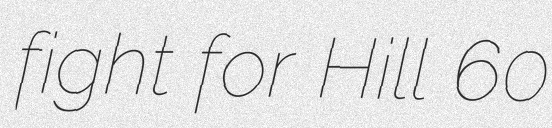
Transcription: fight for Hill 60